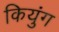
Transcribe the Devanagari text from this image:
कियुंग